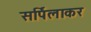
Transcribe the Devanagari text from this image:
सर्पिलाकर